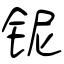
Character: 铌